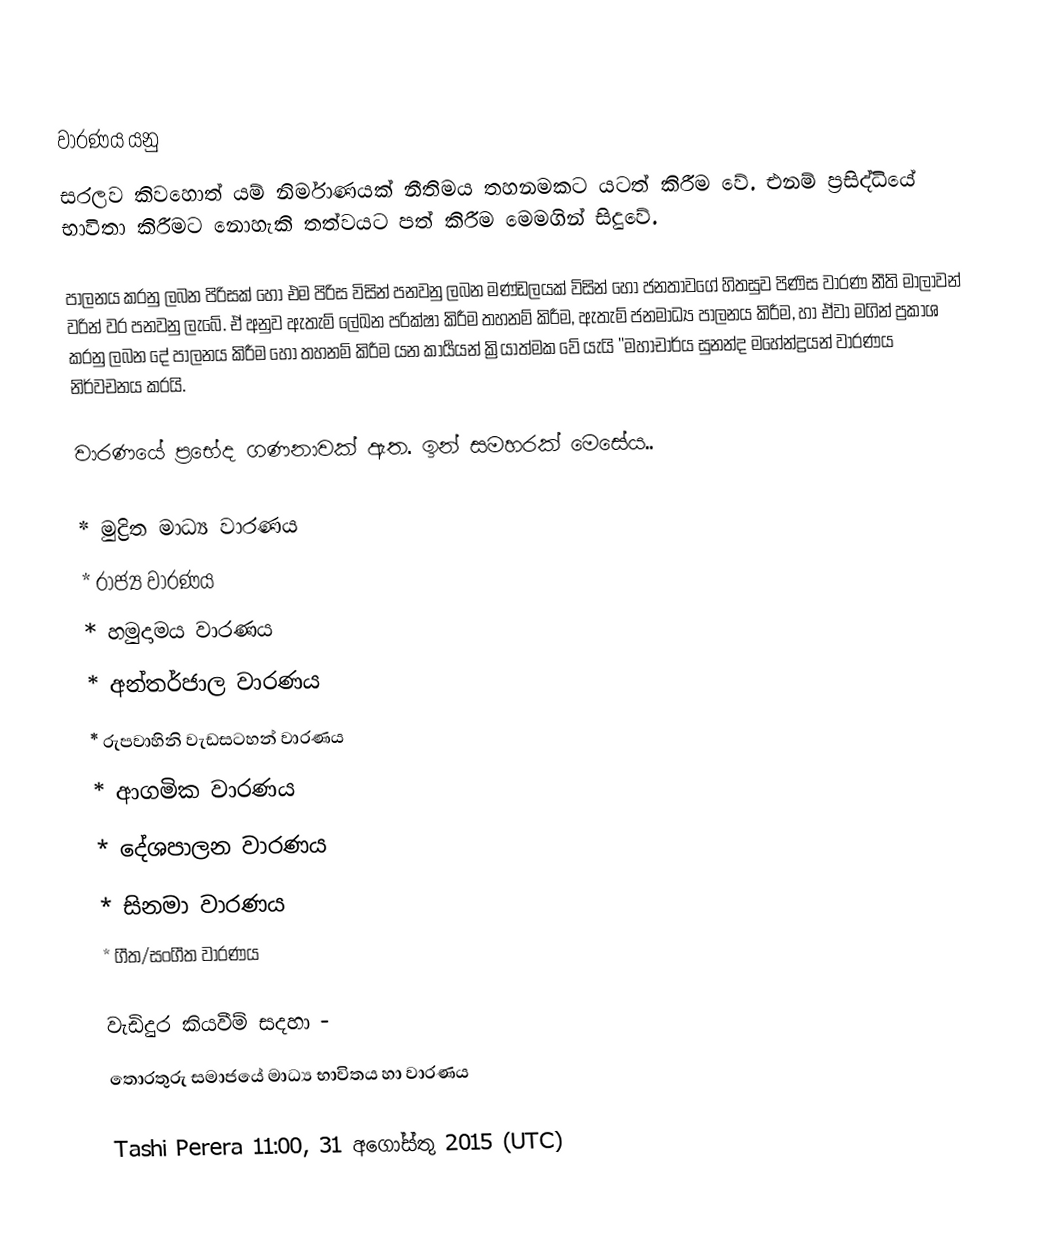

වාරණය යනු
 සරලව කිවහොත් යම් නිර්මාණයක් නීතිමය තහනමකට යටත් කිරීම වේ. එනම් ප්‍රසිද්ධියේ භාවිතා කිරීමට නොහැකි තත්වයට පත් කිරීම මෙමගින් සිදුවේ.

පාලනය කරනු ලබන පිරිසක් හෝ එම පිරිස විසින් පනවනු ලබන මණ්ඩලයක් විසින් හෝ ජනතාවගේ හිතසුව පිණිස වාරණ නීති මාලාවන් වරින් වර පනවනු ලැබේ. ඒ අනුව ඇතැම් ලේඛන පරික්ෂා කිරීම තහනම් කිරීම, ඇතැම් ජනමාධ්‍ය පාලනය කිරීම, හා ඒවා මගින් ප්‍රකාශ කරනු ලබන දේ පාලනය කිරීම හෝ තහනම් කිරීම යන කාර්‍යයන් ක්‍රියාත්මක වේ යැයි ''මහාචාර්ය සුනන්ද මහේන්ද්‍රයන් වාරණය නිර්වචනය කරයි.

වාරණයේ ප්‍රභේද ගණනාවක් ඇත. ඉන් සමහරක් මෙසේය..

  * මුද්‍රිත මාධ්‍ය වාරණය
  * රාජ්‍ය වාරණය
  * හමුදාමය වාරණය
  * අන්තර්ජාල වාරණය
  * රුපවාහිනි වැඩසටහන් වාරණය
  * ආගමික වාරණය
  * දේශපාලන වාරණය
  * සිනමා වාරණය
  * ගීත/සංගීත වාරණය

වැඩිදුර කියවීම් සදහා -
තොරතුරු සමාජයේ මාධ්‍ය භාවිතය හා වාරණය

Tashi Perera 11:00, 31 අගෝස්තු 2015 (UTC)